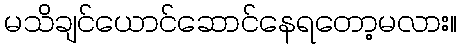
မသိချင်ယောင်ဆောင်နေရတော့မလား။